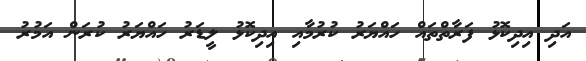
އަދި އިދިކޮޅު ފަރާތްތައް ހައްޔަރު ކުރުމާއި އިދިކޮޅު ލީޑަރު ހައްޔަރު ކުރަން އަމުރު